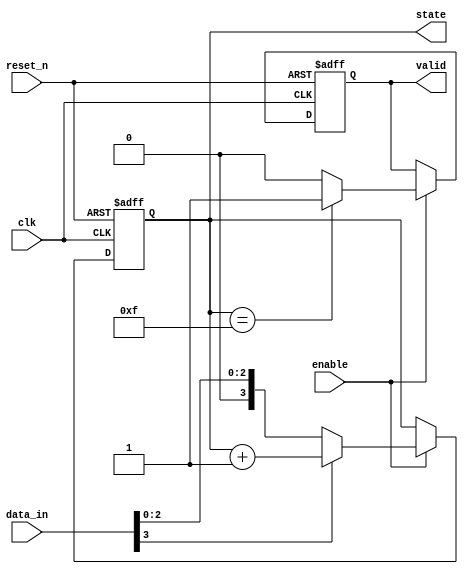
module example_sequential_logic (
    input wire clk,           // Clock input
    input wire reset_n,      // Active-low reset
    input wire enable,       // Enable signal for state updates
    input wire [3:0] data_in, // 4-bit input data
    output reg [3:0] state,   // 4-bit state register
    output reg valid          // Output valid signal
);

    // Sequential logic block
    always @(posedge clk or negedge reset_n) begin
        if (!reset_n) begin
            // Asynchronous reset
            state <= 4'b0000; // Initialize state to 0
            valid <= 1'b0;    // Set valid to low on reset
        end else if (enable) begin
            // State updates based on input data
            if (data_in[3]) begin
                state <= state + 1; // Increment state if data_in[3] is high
            end else begin
                state <= data_in;    // Otherwise, load data_in into state
            end
            
            // Conditional output generation
            if (state == 4'b1111) begin
                valid <= 1'b1; // Set valid high if state is 15
            end else begin
                valid <= 1'b0; // Otherwise, set valid low
            end
        end
    end

endmodule